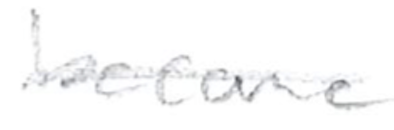
Text: become
Cross-out: mix
Writing tool: pencil